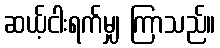
ဆယ့်ငါးရက်မျှ ကြာသည်။